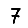
Digit: 7